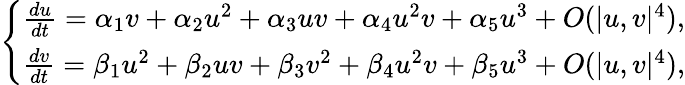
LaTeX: \left\{ \begin{array}{ll}{\frac{du}{dt}=\alpha_{1}v+\alpha_{2}u^{2}+\alpha_{3}uv+\alpha_{4}u^{2}v+\alpha_{5}u^{3}+O({|u,v|^{4}}),}\\ {\frac{dv}{dt}=\beta_{1}u^{2}+\beta_{2}uv+\beta_{3}v^{2}+\beta_{4}u^{2}v+\beta_{5}u^{3}+O({|u,v|^{4}}),}\end{array}\right.